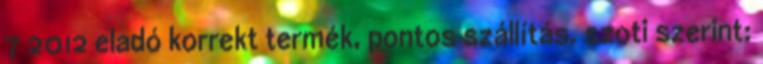
7 2012 eladó korrekt termék, pontos szállítás. szoti szerint: